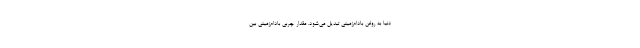
دنیا به روغن بادام‌زمینی تبدیل می‌شود. مقدار چربی بادام‌زمینی بین